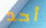
أحد